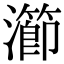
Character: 瀄